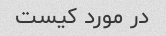
در مورد کیست